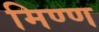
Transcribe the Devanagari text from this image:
मिण्ण